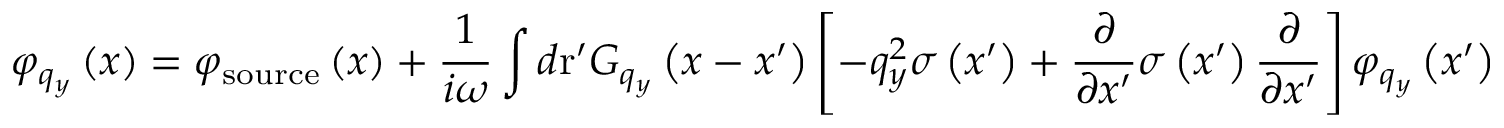
{ { \varphi } _ { { { q } _ { y } } } } \left( x \right) = { { \varphi } _ { \mathrm { s o u r c e } } } \left( x \right) + \frac { 1 } { i \omega } \int { d \mathrm { { r } ^ { \prime } } { { G } _ { { { q } _ { y } } } } \left( x - { x } ^ { \prime } \right) \left[ - q _ { y } ^ { 2 } \sigma \left( { { x } ^ { \prime } } \right) + \frac { \partial } { \partial { x } ^ { \prime } } \sigma \left( { { x } ^ { \prime } } \right) \frac { \partial } { \partial { x } ^ { \prime } } \right] { { \varphi } _ { { { q } _ { y } } } } \left( { { x } ^ { \prime } } \right) }